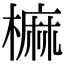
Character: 𣙪